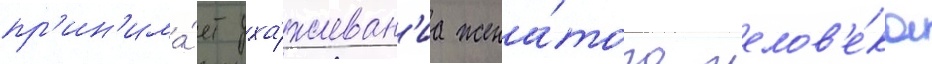
пр'ин'има́ет уха́живан'иа жена́того челов'е́ка